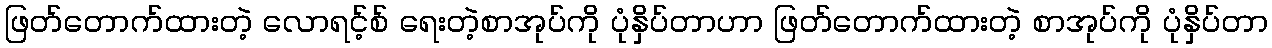
ဖြတ်တောက်ထားတဲ့ လောရင့်စ် ရေးတဲ့စာအုပ်ကို ပုံနှိပ်တာဟာ ဖြတ်တောက်ထားတဲ့ စာအုပ်ကို ပုံနှိပ်တာ